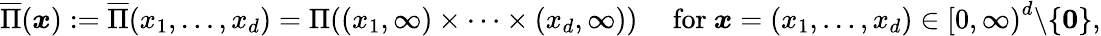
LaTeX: \begin{array}{r}{\overline{\Pi}(\boldsymbol x):=\overline{\Pi}(x_{1},\ldots,x_{d})=\Pi((x_{1},\infty)\times\cdots\times(x_{d},\infty))\quad\mathrm{~for~}\boldsymbol x=(x_{1},\ldots,x_{d})\in\left[0,\infty\right)^{d}\backslash\{ \boldsymbol 0\} ,}\end{array}